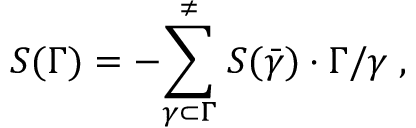
S ( \Gamma ) = - { \sum _ { \gamma \subset \Gamma } ^ { \neq } } \; S ( \bar { \gamma } ) \cdot \Gamma / \gamma \; ,